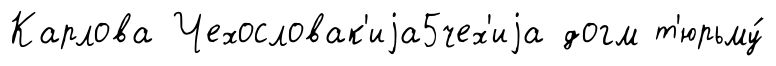
Карлова Чехословак'иjа5чех'иjа догм т'юрьму́